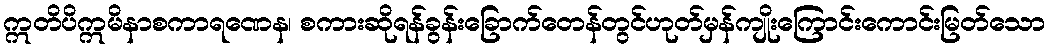
ဣတိပိဣမိနာစကာရဏေန၊ စကားဆိုရန်ခွန်းခြောက်တေန်တွင်ဟုတ်မှန်ကျိုးကြောင်းကောင်းမြတ်သော